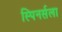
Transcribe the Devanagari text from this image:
स्पिनर्सला